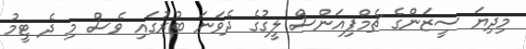
މިދިޔަ ސީޒަންގެ ޗެމްޕިއަންސް ލީގުގެ ދެވަނަ ބުރުގައި ވެސް މި ދެ ޓީމު